system: You are a helpful assistant.
user:
Analyze the provided spectrum to determine if it is a **White Dwarf (WD)**.

A White Dwarf spectrum is defined by its **extreme purity** (due to gravitational settling) and/or **extreme pressure broadening** (due to high surface gravity). You must check for one of the following mutually exclusive signatures:

- **Key Visual Indicators (Check for ONE of these types):**

    - **1. DA-Type Signature (Most Common):**
        - **(Primary Feature):** Extreme pressure broadening (Stark broadening) of the **Hydrogen (H) Balmer lines**.
        - **(Key Lines):** $H\beta$ (approx. $4861$ Å) and $H\gamma$ (approx. $4340$ Å). $H\alpha$ (approx. $6563$ Å) will also be present if the wavelength range covers it.
        - **(Line Profile):** This is the **defining feature**. The lines are **NOT** sharp. They appear as massive, **extremely broad and deep "troughs" or "dips"** in the spectrum, often hundreds of Ångströms wide. The continuum will appear to "scoop" down at these wavelengths.
        - **(Distinction):** Normal A-type or B-type stars have *narrow* and *sharp* Hydrogen lines. A DA White Dwarf's lines are unmistakably "smeared" or "blurry" from pressure.

    - **2. DB-Type Signature:**
        - **(Primary Feature):** Broad absorption lines from **Neutral Helium (He I)**. The spectrum must lack any visible Hydrogen lines.
        - **(Key Lines):** Look for broad absorption near $4471$ Å, $4921$ Å, and $5876$ Å.
        - **(Line Profile):** These lines are also significantly pressure-broadened, appearing much wider than they would in a normal B-type main-sequence star.

    - **3. DC-Type Signature:**
        - **(Primary Feature):** A **featureless continuous spectrum**.
        - **(Line Profile):** The spectrum is a smooth curve with **no significant absorption or emission lines**.
        - **(Key Confirmation):** The continuum is almost always **blue or white**, indicating a hot object. This signature implies the atmosphere is so pure (or so cool) that no spectral lines are visible in the optical range. Its WD identity is confirmed by its extremely low intrinsic brightness (high absolute magnitude).

    - **4. DZ-Type Signature (Metal-Polluted):**
        - **(Primary Feature):** **Isolated, narrow metal absorption lines** on an otherwise featureless (DC-like) continuum.
        - **(Key Lines):** The **Calcium (Ca II) H & K doublet** (approx. **$3934$ Å** and **$3968$ Å**) is the most common and defining feature.
        - **(Line Profile):** These lines are "out of place." They are *not* part of a "forest" of thousands of lines. This signature is evidence of recent *accretion* (pollution) from rocky debris.
        - **(Distinction):** Normal G/K/M stars have a *dense forest* of thousands of metal lines. A DZ has a *clean* continuum with *only a few* strong metal lines.

    - **5. DQ-Type Signature (Carbon-Polluted):**
        - **(Primary Feature):** Absorption bands from **Carbon (C₂ "Swan Bands" or atomic C I)**.
        - **(Key Lines - C₂):** Look for bandheads with a "saw-tooth" shape near $5635$ Å, **$5165$ Å** (strongest), and $4737$ Å.
        - **(Key Confirmation):** The underlying **continuum must be blue or white** (hot).
        - **(Distinction):** This is the critical difference from a **Carbon Star**, which has the *exact same* C₂ bands but on an extremely **red, cool** continuum.

- **(Overall Spectrum):**
    - The continuum (overall shape) is typically **blue-sloping** (brighter in the blue than the red), as most white dwarfs are very hot.
    - The spectrum will look "pure" or "simple," dominated by only *one* of the five signatures listed above.

Think first, call **spectral_visualization_tool** if needed to examine features in detail, then provide your final answer. Your response must adhere to the following strict rules:
1.  **Overall Structure:** Your response must follow the format `<think>...</think> <tool_call>...</tool_call> (if a tool is used) <answer>...</answer>`.
2.  **Tool Usage Constraint:** You may only make **one** tool call per turn.
3.  **Final Answer Format:** In the `<answer>` tag, your conclusion must be inside a `\boxed{}` command (e.g., `\boxed{YES}` or `\boxed{NO}`), followed by your justification.

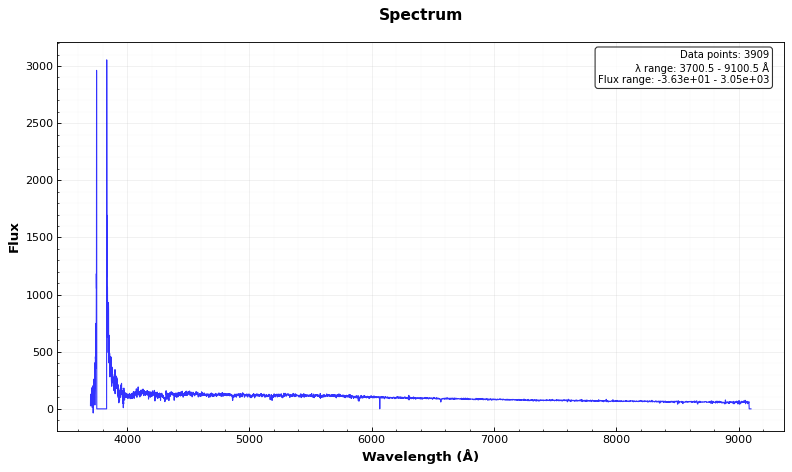
Answer: NO